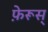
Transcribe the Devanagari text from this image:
फ़ेरूस्